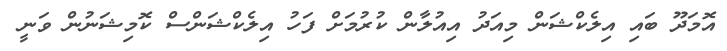
އޮމަދޫ ބައި އިލެކްޝަން މިއަދު އިއުލާން ކުރުމަށް ފަހު އިލެކްޝަންސް ކޮމިޝަނުން ވަނީ